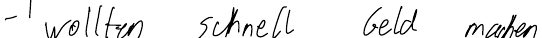
- wollten schnell Geld machen